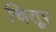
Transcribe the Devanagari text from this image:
चितूर